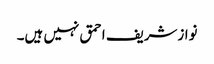
نوازشریف احمق نہیں ہیں۔